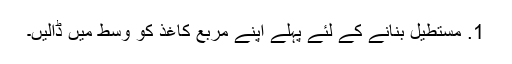
1. مستطیل بنانے کے لئے پہلے اپنے مربع کاغذ کو وسط میں ڈالیں۔